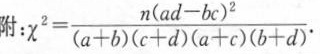
附: $$\chi ^{2}= \frac{n(ad-bc)^{2}}{(a+b)(c+d)(a+c)(b+d)}$$.